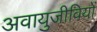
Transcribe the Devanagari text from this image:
अवायुजीवियों